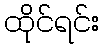
ထိုင်ရင်း